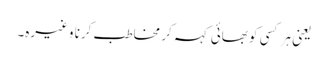
یعنی ہر کسی کو بھائی کہہ کر مخاطب کرنا وغیرہ۔